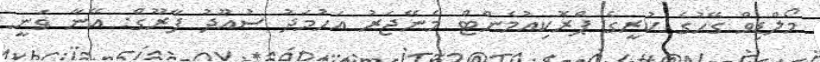
މޯލްޑިވް ގޭހުގެ ކުރީގެ ޕްރޮކިއުމެންޓް މެނޭޖަރު އަހުމަދު ސުއޫދު ފާރޫގް: އޭނާ ވަނީ